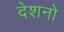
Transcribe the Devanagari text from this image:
देशनो